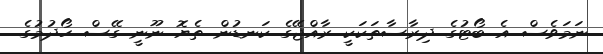
ނަމަވެސް އެ ބޯޓުގެ ދިރާސާތަކަކީ ރާއްޖޭގެ ކަނޑުން ތެޔޮ ނޫނީ ގޭސް ހޯދުމުގެ